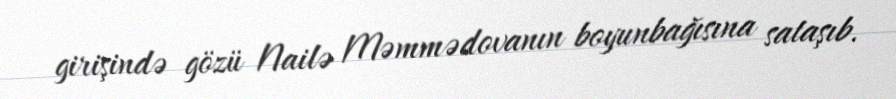
girişində gözü Nailə Məmmədovanın boyunbağısına sataşıb.